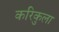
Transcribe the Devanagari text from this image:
करिकुला